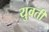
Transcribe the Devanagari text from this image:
युवतीं